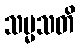
သမ္မသတိ